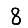
Digit: 8